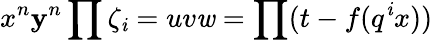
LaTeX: x^{n}\mathbf{y}^{n}\prod\zeta_{\mathit{i}}=uv\mathit{w}=\prod(t-f(q^{\mathit{i}}x))